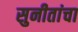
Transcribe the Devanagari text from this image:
सुनीतांचा